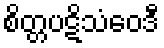
စိတ္တပဋိသံဝေဒီ